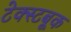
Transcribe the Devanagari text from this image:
टेक्स्टबूक